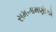
સમખામણીએ